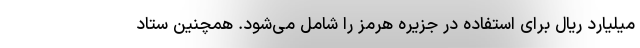
میلیارد ریال برای استفاده در جزیره هرمز را شامل می‌شود. همچنین ستاد